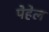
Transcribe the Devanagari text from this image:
पेहेल